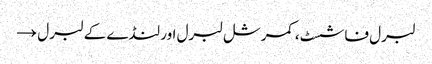
لبرل فاشسٹ، کمرشل لبرل اور لنڈے کے لبرل →